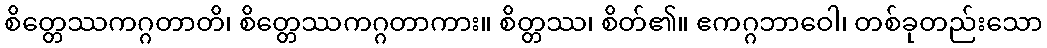
စိတ္တေဿကဂ္ဂတာတိ၊ စိတ္တေဿကဂ္ဂတာကား။ စိတ္တဿ၊ စိတ်၏။ ဧကဂ္ဂဘာဝေါ၊ တစ်ခုတည်းသော